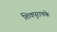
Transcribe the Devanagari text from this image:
शिवपुराणके